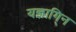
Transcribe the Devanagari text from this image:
यज्ञागि्न